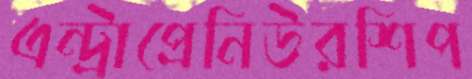
এন্ট্রাপ্রেনিউরশিপ